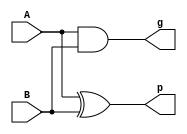
module HA (p, g, A, B);
input A,B;
output p, g;
assign p = A ^ B;
assign g = A & B;
endmodule